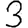
Digit: 3